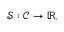
{ \mathcal { S } } : { \mathcal { C } } \rightarrow \mathbb { R } ,